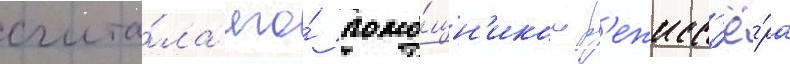
счита́ла его́ помо́щн'иком р'ежисс'ё́ра